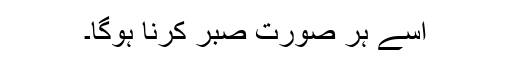
اسے ہر صورت صبر کرنا ہوگا۔